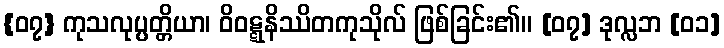
{၀၇} ကုသလုပ္ပတ္တိယာ၊ ဝိဝဋ္ဋနိဿိတကုသိုလ် ဖြစ်ခြင်း၏။ [၀၇] ဒုလ္လဘ [၀၁]